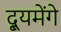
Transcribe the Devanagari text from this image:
द्यूमेंगे